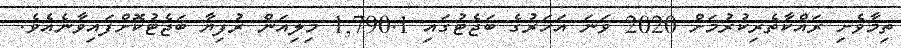
ތިމާވެށި ރައްކާތެރިކުރުމަށް 2020 ވަނަ އަހަރުގެ ބަޖެޓުގައި 1